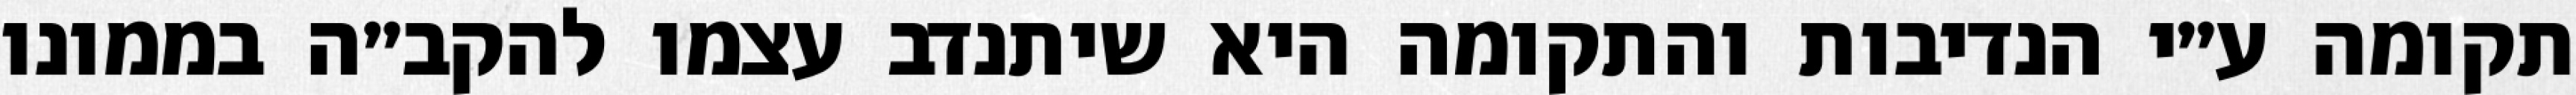
תקומה ע״י הנדיבות והתקומה היא שיתנדב עצמו להקב״ה בממונו